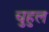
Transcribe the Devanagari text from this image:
चुहुल